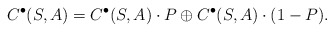
\begin{align*}C^\bullet(S,A) &= C^\bullet(S,A) \cdot P \oplus C^\bullet(S,A)\cdot(1-P).\end{align*}